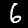
Digit: 6